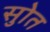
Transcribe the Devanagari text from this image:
सुोत